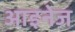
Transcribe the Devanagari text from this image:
आइनेज